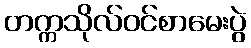
တက္ကသိုလ်ဝင်စာမေးပွဲ